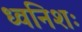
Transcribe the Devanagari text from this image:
ध्वनिशः